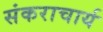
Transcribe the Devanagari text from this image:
संकराचार्य